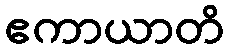
ဧကာယာတိ